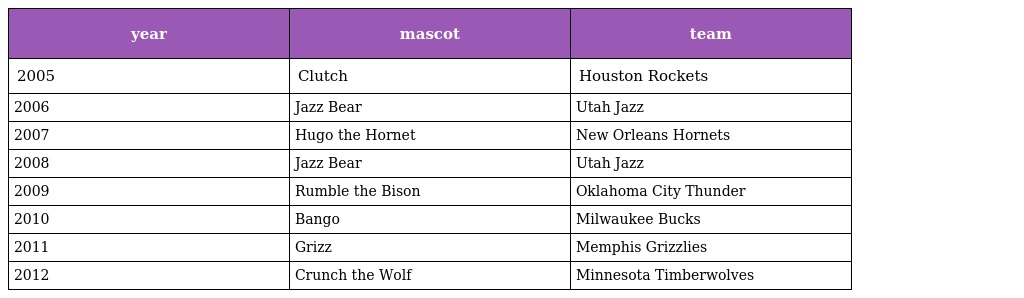
| year | mascot | team |
 | --- | --- | --- |
 | 2005 | Clutch | Houston Rockets |
 | 2006 | Jazz Bear | Utah Jazz |
 | 2007 | Hugo the Hornet | New Orleans Hornets |
 | 2008 | Jazz Bear | Utah Jazz |
 | 2009 | Rumble the Bison | Oklahoma City Thunder |
 | 2010 | Bango | Milwaukee Bucks |
 | 2011 | Grizz | Memphis Grizzlies |
 | 2012 | Crunch the Wolf | Minnesota Timberwolves |